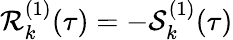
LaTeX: \mathcal{R}_{k}^{(1)}(\tau)=-\mathcal{{S}}_{k}^{(1)}(\tau)